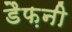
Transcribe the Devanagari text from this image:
डैफ़नी